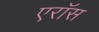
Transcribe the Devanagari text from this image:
एरॉस